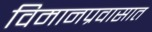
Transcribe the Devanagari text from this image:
विमानप्रवासात